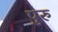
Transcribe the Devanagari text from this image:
पुरुं